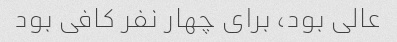
عالی بود، برای چهار نفر کافی بود